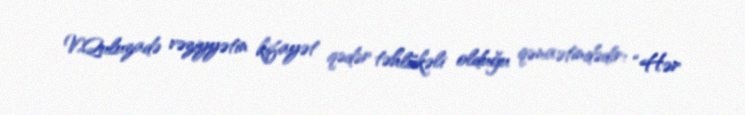
V.Quluzadə vəziyyətin kifayət qədər təhlükəli olduğu qənaətindədir: “Hər